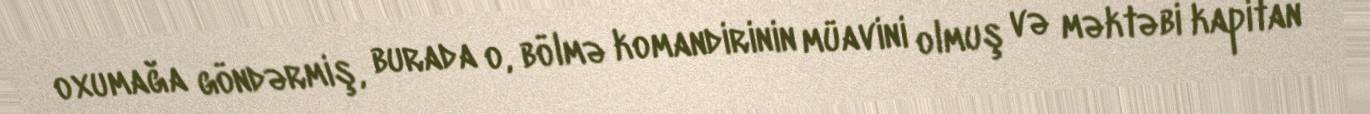
oxumağa göndərmiş, burada o, bölmə komandirinin müavini olmuş və məktəbi kapitan